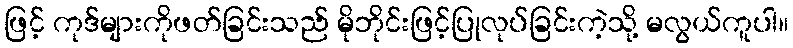
ဖြင့် ကုဒ်များကိုဖတ်ခြင်းသည် မိုဘိုင်းဖြင့်ပြုလုပ်ခြင်းကဲ့သို့ မလွယ်ကူပါ။